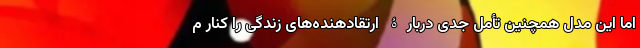
اما این مدل همچنین تأمل جدی دربارۀ ارتقادهنده‌های زندگی را کنار م